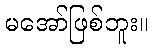
မအော်ဖြစ်ဘူး။